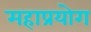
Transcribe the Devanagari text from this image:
महाप्रयोग